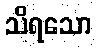
သိရသော